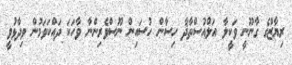
ރިޔާޒްގެ ގާނޫނީ ވަކީލާ އަލްއުސްތާޛާ ހިސާން ހުސައިން ނޫސްވެރިންނާ ވާހަކަ ދައްކަވަމުން ވިދާޅުވީ